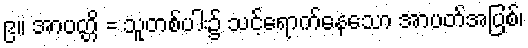
၉။ အာပတ္တိ = သူတစ်ပါး၌ သင့်ရောက်နေသော အာပတ်အပြစ်၊